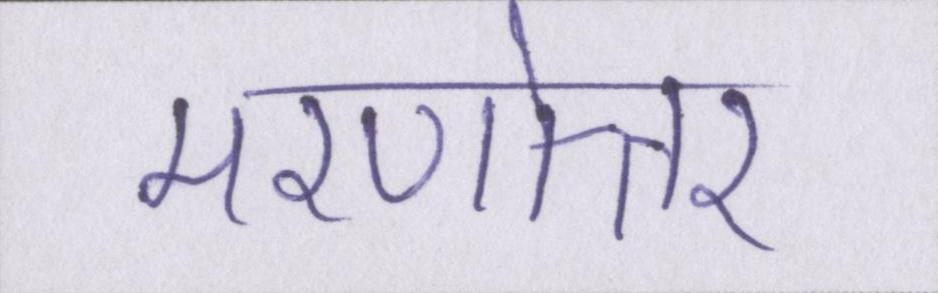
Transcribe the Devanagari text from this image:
मरणोत्तर